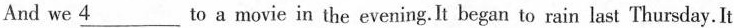
And we \underline{4} to a movie in the evening. It began to rain last Thursday. It